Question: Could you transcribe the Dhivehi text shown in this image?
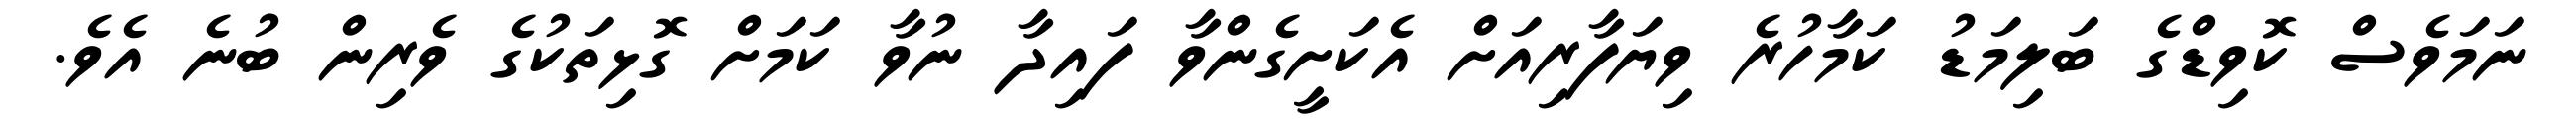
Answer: ނަމަވެސް ކޮވިޑްގެ ބަލިމަޑު ކަމާހުރެ ވިޔަފާރިއަށް އެކަށީގެންވާ ފައިދާ ނުވާ ކަމަށް ގޮޅިތަކުގެ ވެރިން ބުނެ އެވެ.